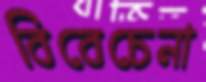
বিবেচেনা